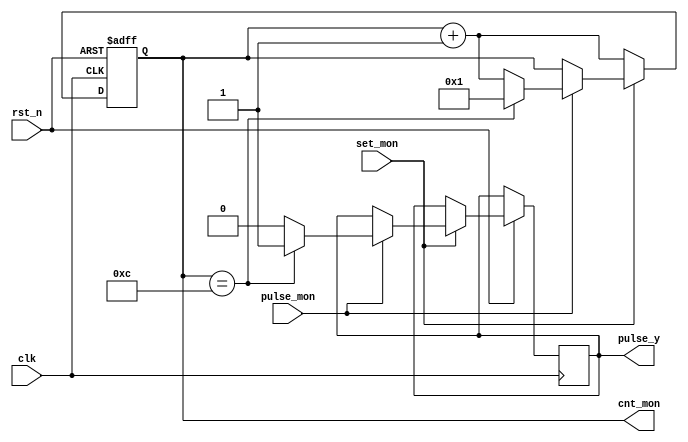
module count_mon(
    input clk, 
    input rst_n,
    input set_mon,
    input pulse_mon,
    
    output reg pulse_y,
    output reg [3:0] cnt_mon
);

  always @(posedge clk or negedge rst_n) begin
    if(~rst_n) begin 
      cnt_mon <= 0;
    end
    else if(~set_mon) begin
      cnt_mon <= cnt_mon + 1;
    end
    else if (pulse_mon) begin
      if(cnt_mon == 12) begin
        cnt_mon <= 1;
        pulse_y <= 1;
      end
      else begin
        cnt_mon <= cnt_mon + 1;
        pulse_y <= 0;
      end
    end
  end
endmodule